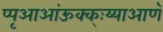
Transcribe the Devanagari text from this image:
प्पृआआंऊक्क्ःय्याआणॅ